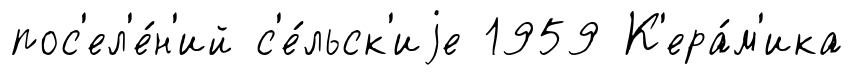
пос'ел'е́н'ий с'е́льск'иjе 1959 К'ера́м'ика